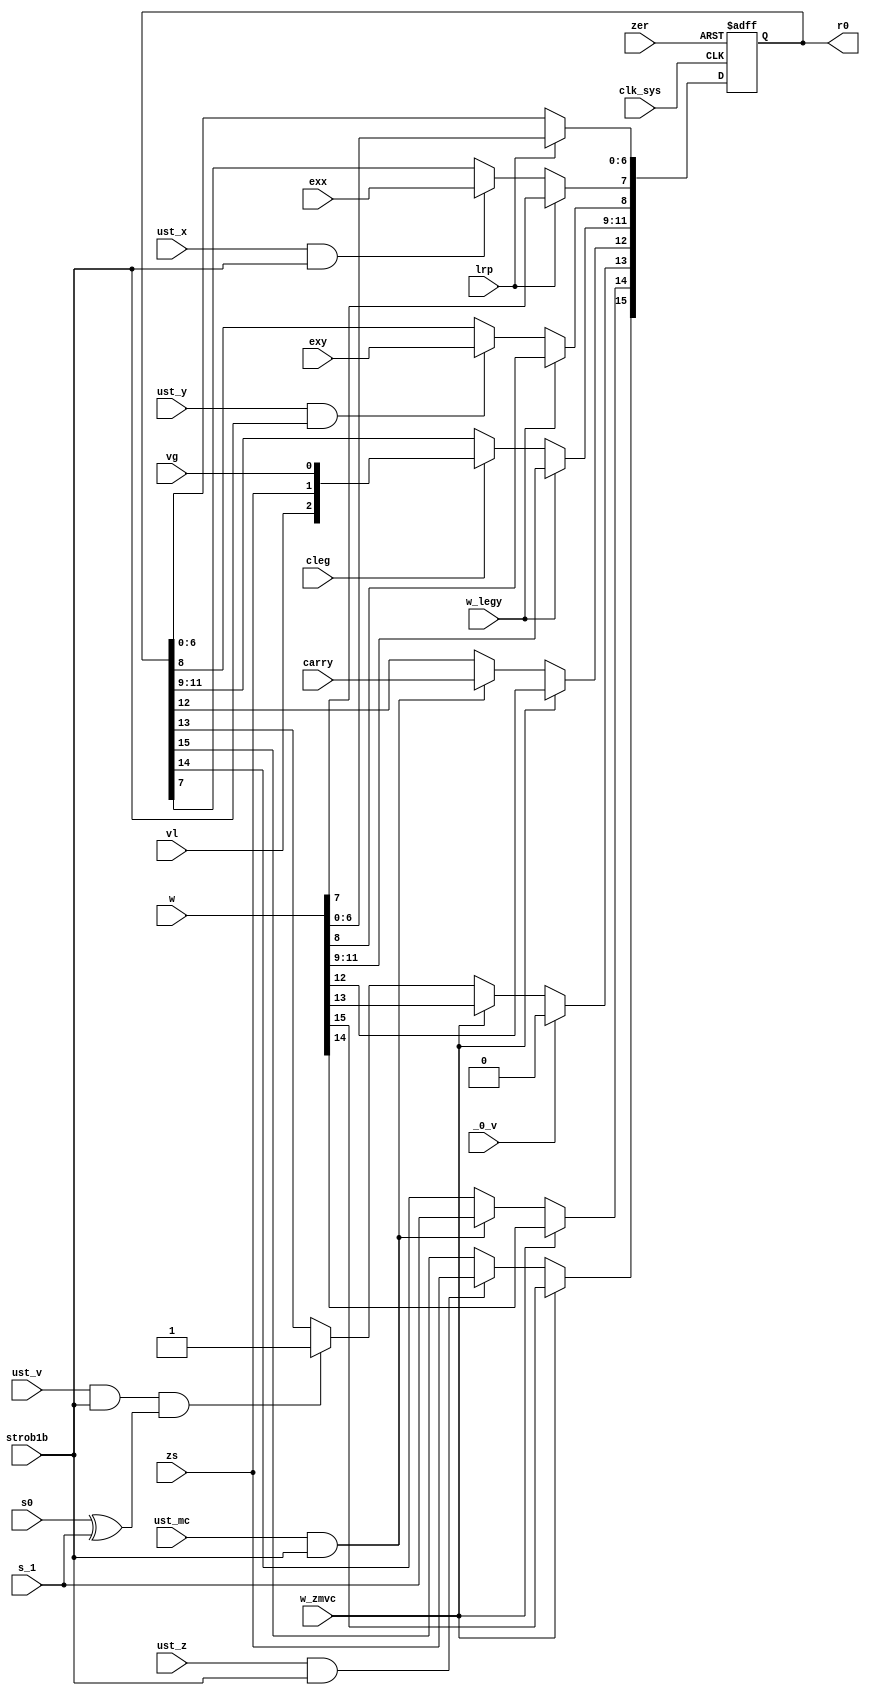
module r0 (
	input clk_sys,
	input strob1b,
	input [0:15] w,
	input zs, s_1, s0, carry, vl, vg, exy, exx,
	input ust_z, ust_v, ust_mc, ust_y, ust_x, cleg,
	input w_zmvc, w_legy, lrp,
	input _0_v,
	input zer,
	output reg [0:15] r0
);
	wire c0 = ust_z & strob1b;
	wire c1 = ust_mc & strob1b;
	wire c2 = ust_v & strob1b;
	wire c7 = ust_y & strob1b;
	wire c8 = ust_x & strob1b;
	always @ (posedge clk_sys, posedge zer) begin
		if (zer) r0[0:15] <= 16'b0;
		else begin
			if (w_zmvc) {r0[0:1], r0[3]} <= {w[0:1], w[3]};
			else begin
				if (c0) r0[0] <= zs;
				if (c1) {r0[1], r0[3]} <= {s_1, carry};
			end
			if (_0_v) r0[2] <= 1'b0;
			else if (w_zmvc) r0[2] <= w[2];
			else if (c2 & (s0 ^ s_1)) r0[2] <= 1'b1;
			if (w_legy) r0[4:7] <= w[4:7];
			else begin
				if (cleg) r0[4:6] <= {vl, zs, vg};
				if (c7) r0[7] <= exy;
			end
			if (lrp) r0[8:15] <= w[8:15];
			else if (c8) r0[8] <= exx;
		end
	end
endmodule